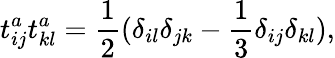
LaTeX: t_{ij}^{a}t_{kl}^{a}=\frac{1}{2}(\delta_{il}\delta_{jk}-\frac{1}{3}\delta_{ij}\delta_{kl}),